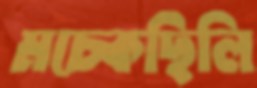
মচ্‌কেছিলি